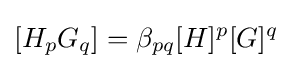
[H_{p}G_{q}]=\beta _{pq}[H]^{p}[G]^{q}